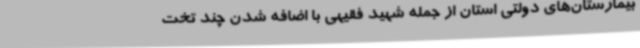
بیمارستان‌های دولتی استان از جمله شهید فقیهی با اضافه شدن چند تخت